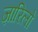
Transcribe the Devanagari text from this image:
ज़ारिलो